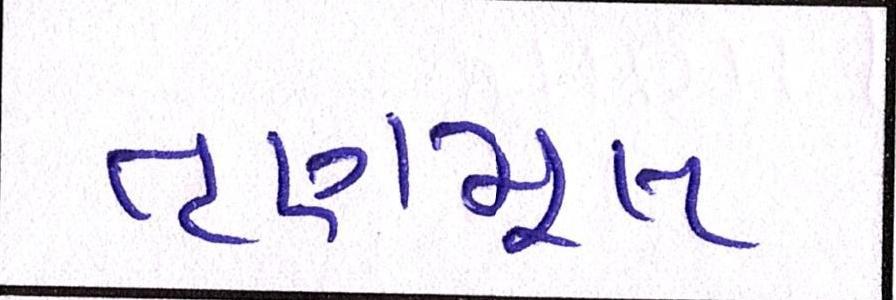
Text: તૃણમૂલ